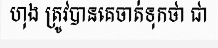
ហុង ត្រូវបានគេចាត់ទុកថា ជា